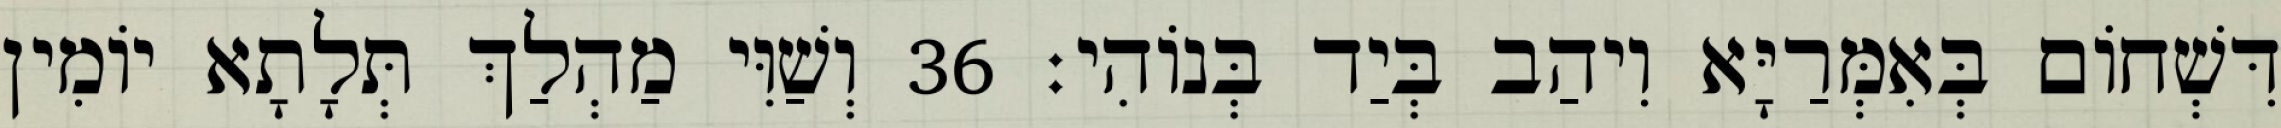
דִּשְׁחוֹם בְּאִמְּרַיָּא וִיהַב בְּיַד בְּנוֹהִי׃ 36 וְשַׁוִּי מַהְלַךְ תְּלָתָא יוֹמִין